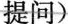
提问)